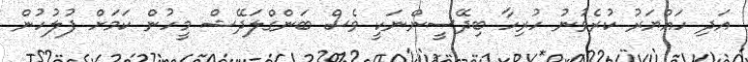
އަދި ހައްޔަރު ކުރެވުނު ހުރިހާ ބިދޭސީންނަކީ ވެސް ބަންގްލަދޭޝް މީހުން ކަމަށް ފުލުހުން